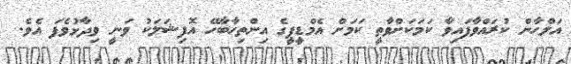
އަލްހާން ކުރައްވާފައިވާ ކަމަކަށްވާތީ ކަމަށް އެމްޑީޕީގެ އިންތިހާބާހޭ އޮފިޝަލަކު ވަނީ ވިދާޅުވެފަ އެވެ.